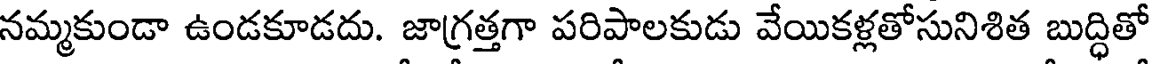
నమ్మకుండా ఉండకూడదు. జాగ్రత్తగా పరిపాలకుడు వేయికళ్లతోసునిశిత బుద్ధితో